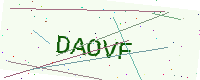
Text: DAOVF